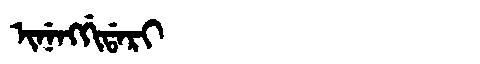
Manchu: ᡳᠨᡝᠩᡤᡳᡩᠠᡵᡳ
Romanization: INENGGIDARI